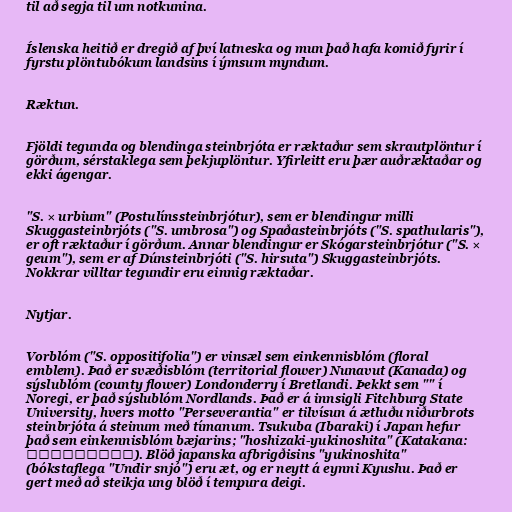
til að segja til um notkunina.

Íslenska heitið er dregið af því latneska og mun það hafa komið fyrir í
fyrstu plöntubókum landsins í ýmsum myndum.

Ræktun.

Fjöldi tegunda og blendinga steinbrjóta er ræktaður sem skrautplöntur í
görðum, sérstaklega sem þekjuplöntur. Yfirleitt eru þær auðræktaðar og
ekki ágengar.

"S. × urbium" (Postulínssteinbrjótur), sem er blendingur milli
Skuggasteinbrjóts ("S. umbrosa") og Spaðasteinbrjóts ("S. spathularis"),
er oft ræktaður í görðum. Annar blendingur er Skógarsteinbrjótur ("S. ×
geum"), sem er af Dúnsteinbrjóti ("S. hirsuta") Skuggasteinbrjóts.
Nokkrar villtar tegundir eru einnig ræktaðar.

Nytjar.

Vorblóm ("S. oppositifolia") er vinsæl sem einkennisblóm (floral
emblem). Það er svæðisblóm (territorial flower) Nunavut (Kanada) og
sýslublóm (county flower) Londonderry í Bretlandi. Þekkt sem "" í
Noregi, er það sýslublóm Nordlands. Það er á innsigli Fitchburg State
University, hvers motto "Perseverantia" er tilvísun á ætluðu niðurbrots
steinbrjóta á steinum með tímanum. Tsukuba (Ibaraki) í Japan hefur
það sem einkennisblóm bæjarins; "hoshizaki-yukinoshita" (Katakana:
ホシザキユキノシタ). Blöð japanska afbrigðisins "yukinoshita"
(bókstaflega "Undir snjó") eru æt, og er neytt á eynni Kyushu. Það er
gert með að steikja ung blöð í tempura deigi.